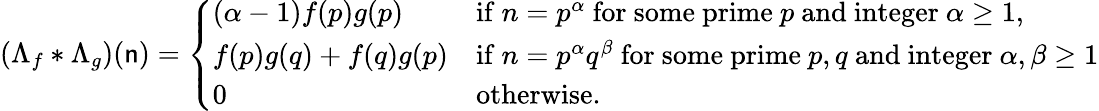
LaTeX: \left(\Lambda_{f}\ast\Lambda_{g}\right)(\mathsf{n})={\left\{ \begin{array}{ll}{(\alpha-1)f(p)g(p)}&{{\mathrm{if~}}n=p^{\alpha}{\mathrm{~for~some~prime~}}p{\mathrm{~and~integer~}}\alpha\geq 1,}\\ {f(p)g(q)+f(q)g(p)}&{{\mathrm{if~}}n=p^{\alpha}q^{\beta}{\mathrm{~for~some~prime~}}p,q{\mathrm{~and~integer~}}\alpha,\beta\geq 1}\\ {0}&{{\mathrm{otherwise.}}}\end{array}\right.}